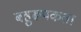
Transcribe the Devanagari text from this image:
बहुरूपकता